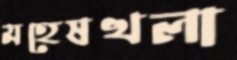
মহেষখলা